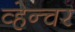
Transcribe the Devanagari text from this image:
व्हेन्चर